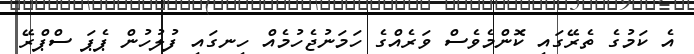
އެ ކަމުގެ ތެރޭގައި ކޮންމެވެސް ވަރެއްގެ ހަމަނުޖެހުމެއް ހިނގައި ފުލުހުން ޕެޕަ ސްޕްރޭ